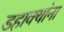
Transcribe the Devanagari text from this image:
डहाक्यांना